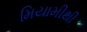
મિયામીથી